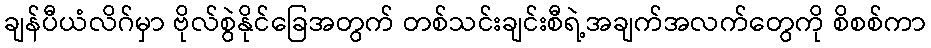
ချန်ပီယံလိဂ်မှာ ဗိုလ်စွဲနိုင်ခြေအတွက် တစ်သင်းချင်းစီရဲ့အချက်အလက်တွေကို စိစစ်ကာ